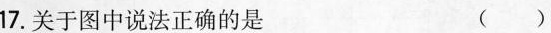
17.关于图中说法正确的是 ()